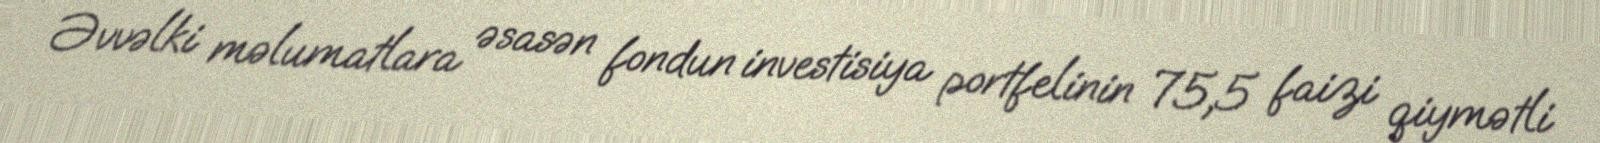
Əvvəlki məlumatlara əsasən fondun investisiya portfelinin 75,5 faizi qiymətli